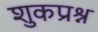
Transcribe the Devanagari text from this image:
शुकप्रश्न